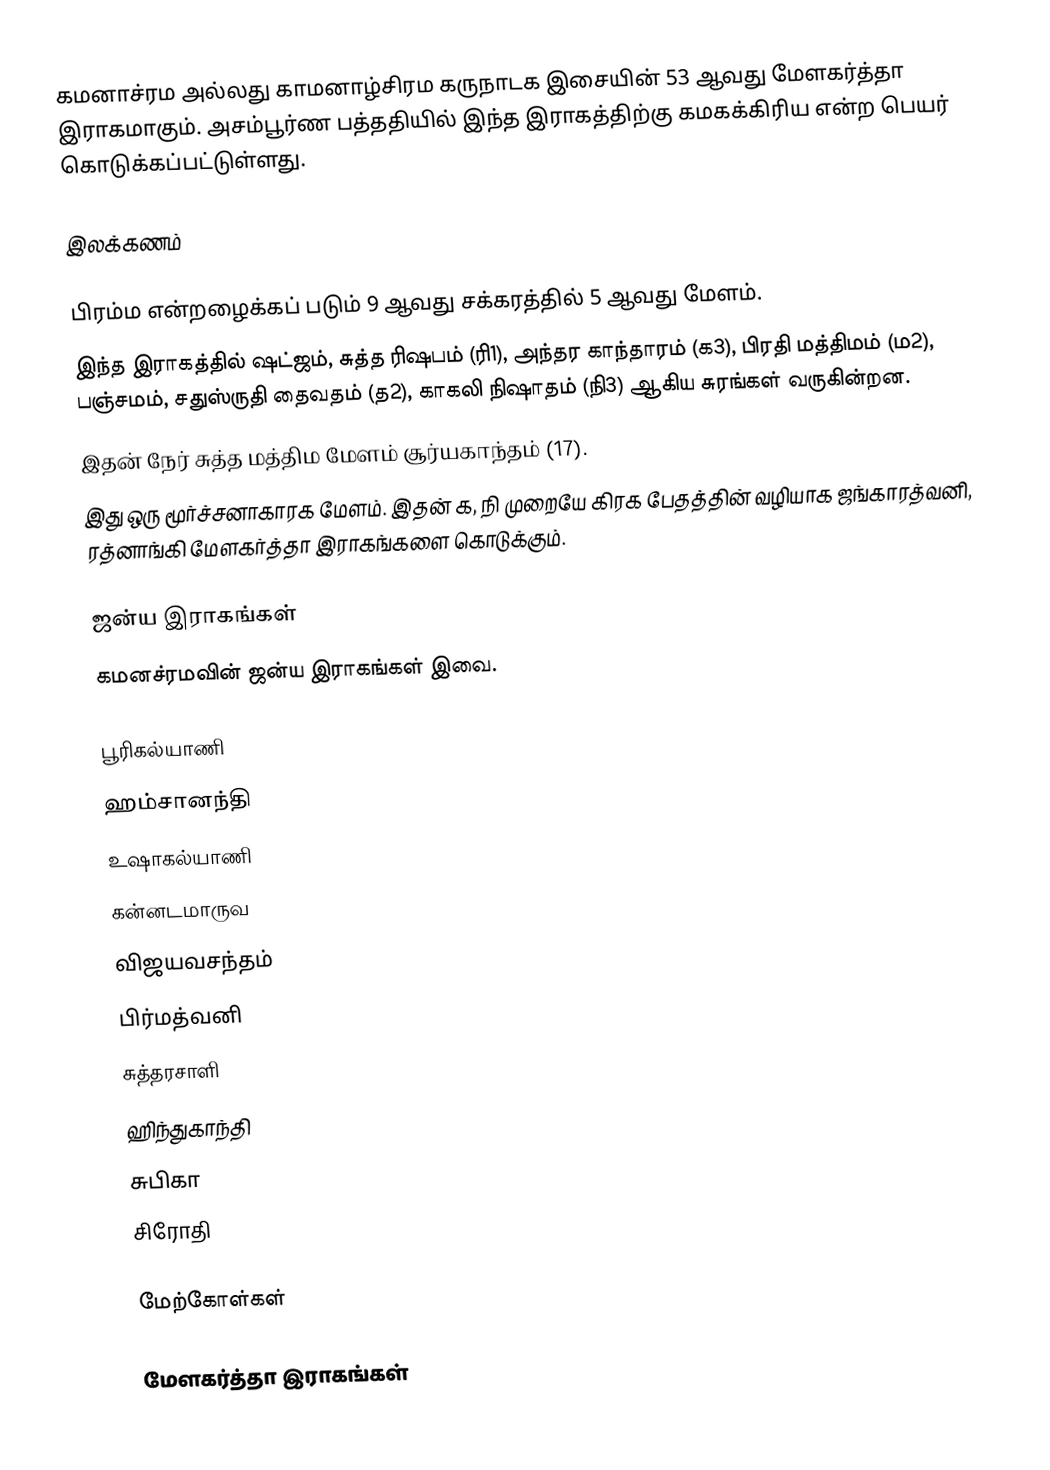
கமனாச்ரம அல்லது காமனாழ்சிரம கருநாடக இசையின் 53 ஆவது மேளகர்த்தா இராகமாகும். அசம்பூர்ண பத்ததியில் இந்த இராகத்திற்கு கமகக்கிரிய என்ற பெயர் கொடுக்கப்பட்டுள்ளது.

இலக்கணம்

 பிரம்ம என்றழைக்கப் படும் 9 ஆவது சக்கரத்தில் 5 ஆவது மேளம்.
 இந்த இராகத்தில் ஷட்ஜம், சுத்த ரிஷபம் (ரி1), அந்தர காந்தாரம் (க3), பிரதி மத்திமம் (ம2), பஞ்சமம், சதுஸ்ருதி தைவதம் (த2), காகலி நிஷாதம் (நி3) ஆகிய சுரங்கள் வருகின்றன.
 இதன் நேர் சுத்த மத்திம மேளம் சூர்யகாந்தம் (17).
 இது ஒரு மூர்ச்சனாகாரக மேளம். இதன் க, நி முறையே கிரக பேதத்தின் வழியாக ஜங்காரத்வனி, ரத்னாங்கி மேளகர்த்தா இராகங்களை கொடுக்கும்.

ஜன்ய இராகங்கள்
கமனச்ரமவின் ஜன்ய இராகங்கள் இவை.

 பூரிகல்யாணி
 ஹம்சானந்தி
 உஷாகல்யாணி
 கன்னடமாருவ
 விஜயவசந்தம்
 பிர்மத்வனி
 சுத்தரசாளி
 ஹிந்துகாந்தி
 சுபிகா
 சிரோதி

மேற்கோள்கள்

மேளகர்த்தா இராகங்கள்